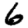
Digit: 6